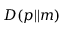
D ( p | | m )